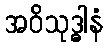
အဝိသုဒ္ဓါနံ